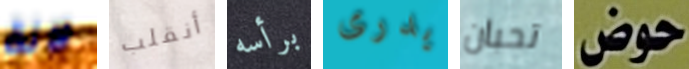
لانة أنقلب برأسه يدرى تحبان حوض